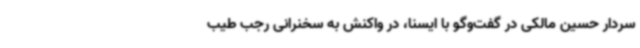
سردار حسین مالکی در گفت‌وگو با ایسنا، در واکنش به سخنرانی رجب طیب